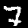
Digit: 7